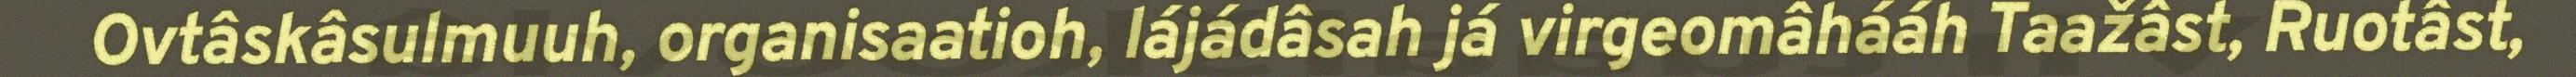
Ovtâskâsulmuuh, organisaatioh, lájádâsah já virgeomâhááh Taažâst, Ruotâst,